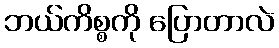
ဘယ်ကိစ္စကို ပြောတာလဲ